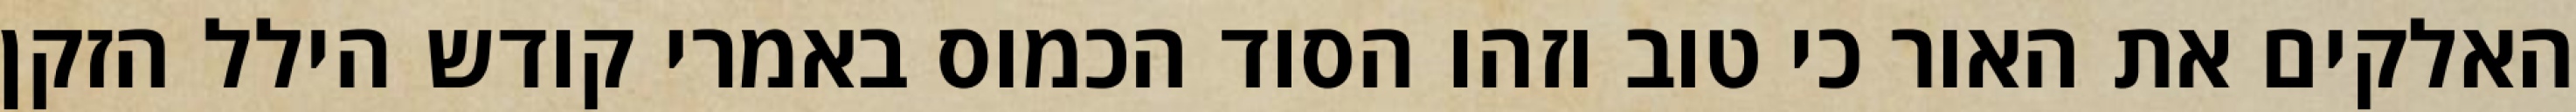
האלקים את האור כי טוב וזהו הסוד הכמוס באמרי קודש הילל הזקן